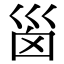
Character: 𡿺